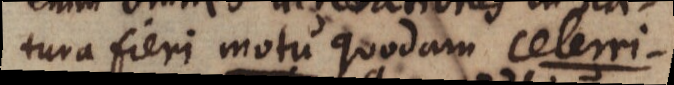
tura fieri motu quodam celerri-